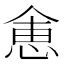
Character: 𬾽